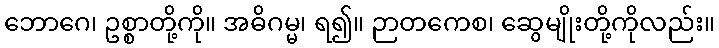
ဘောဂေ၊ ဥစ္စာတို့ကို။ အဓိဂမ္မ၊ ရ၍။ ဉာတကေစ၊ ဆွေမျိုးတို့ကိုလည်း။